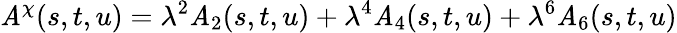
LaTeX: \mathit{A}^{\chi}(s,t,u)=\lambda^{2}\mathit{A}_{2}(s,t,u)+\lambda^{4}\mathit{A}_{4}(s,t,u)+\lambda^{6}\mathit{A}_{6}(s,t,u)